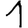
Digit: 1